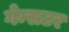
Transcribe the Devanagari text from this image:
गेम्सटर